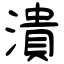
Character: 潰